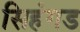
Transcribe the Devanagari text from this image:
सिहंगड